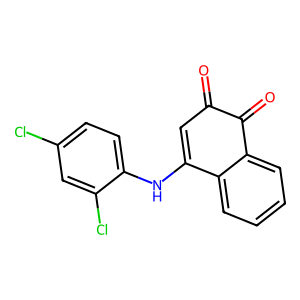
SMILES: O=C1C=C(Nc2ccc(Cl)cc2Cl)c2ccccc2C1=O
Inhibits HIV replication: No